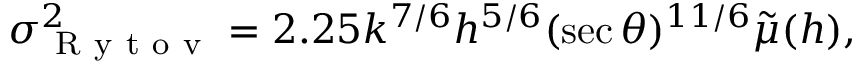
\sigma _ { \mathrm { ~ R ~ y ~ t ~ o ~ v ~ } } ^ { 2 } = 2 . 2 5 k ^ { 7 / 6 } h ^ { 5 / 6 } ( \sec \theta ) ^ { 1 1 / 6 } \tilde { \mu } ( h ) ,